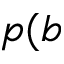
p ( b